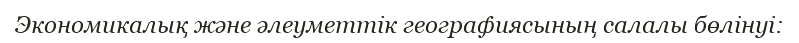
Экономикалық және әлеуметтік географиясының салалы бөлінуі: